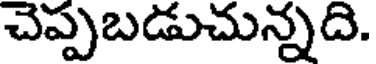
చెప్పబడుచున్నది.